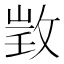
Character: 𢽠